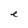
Character: e